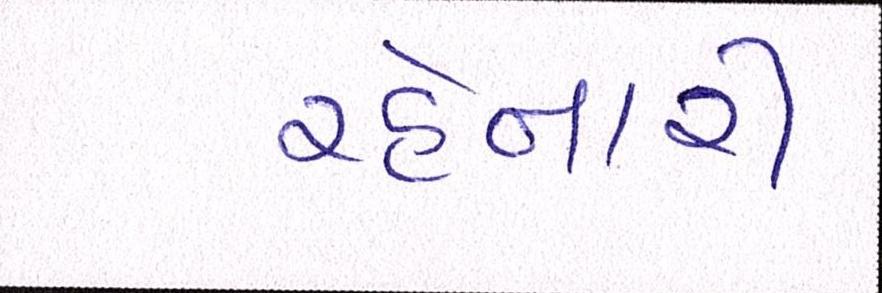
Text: રહેનારી